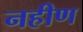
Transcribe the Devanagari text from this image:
नहीण